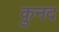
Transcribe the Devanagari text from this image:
कुनद